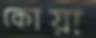
কোয়া